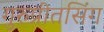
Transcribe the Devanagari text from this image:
गुरुप्रीतसिंग